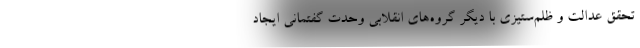
تحقق عدالت و ظلم‌ستیزی با دیگر گروه‌های انقلابی وحدت گفتمانی ایجاد